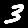
Digit: 3